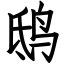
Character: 鸱